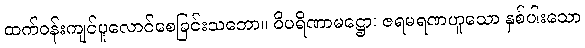
ထက်ဝန်းကျင်ပူလောင်စေခြင်းသဘော။ ဝိပရိဏာမဋ္ဌော၊ ဇရမရဏဟူသော နှစ်ပါးသော